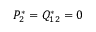
P _ { 2 } ^ { * } = Q _ { 1 2 } ^ { * } = 0